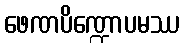
ဖေဏပိဏ္ဍောပမဿ